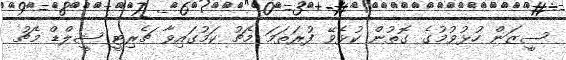
ސީޒަން ހުޅުވުމުގެ ގޮތުން ކުޅެވޭ ފުރަތަމަ މެޗު ކަމުގައިވާ ޗެރިޓީ ޝީލްޑް މެޗު